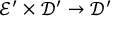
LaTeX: { \mathcal { E } } ^ { \prime } \times { \mathcal { D } } ^ { \prime } \to { \mathcal { D } } ^ { \prime }